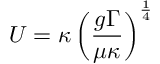
U = \kappa \left( \frac { g \Gamma } { \mu \kappa } \right) ^ { \frac { 1 } { 4 } }